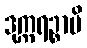
ဒုက္ကရဉ္စာပိ